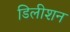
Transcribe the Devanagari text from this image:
डिलीशन